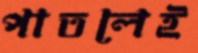
পাতলেই